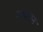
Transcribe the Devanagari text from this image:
अवरान